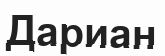
Дариан